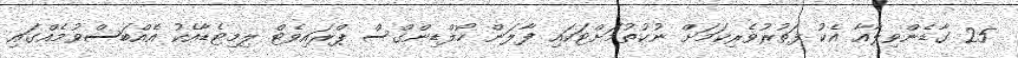
25 ގާޑެންވިލާއާ އެކު ފަތުރުވެރިކަމަށް ނުކުތުމަށްޓަކައި ފާލަން ހޯލްޑިންގްސް ޕްރައިވެޓް ލިމިޓެޑާއެކު އެއްބަސްވުމެއްގައި